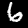
Label: 6